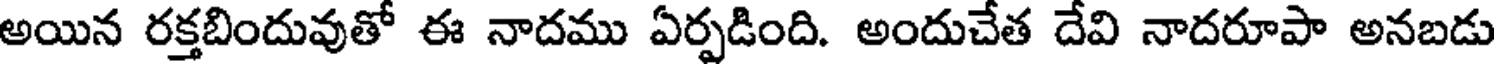
అయిన రక్తబిందువుతో ఈ నాదము ఏర్పడింది. అందుచేత దేవి నాదరూపా అనబడు